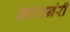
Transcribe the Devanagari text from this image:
कारानंरी